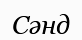
Сәнд